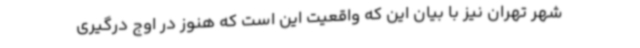
شهر تهران نیز با بیان این که واقعیت این است که هنوز در اوج درگیری